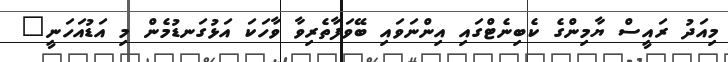
މިއަދު ރައީސް ޔާމިންގެ ކެބިނެޓްގައި އިންނަވައި ބޭވަފާތެރިވާ ވާހަކަ އަޅުގަނޑުމެން މި އަޑުއަހަނީ"